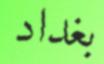
بغداد